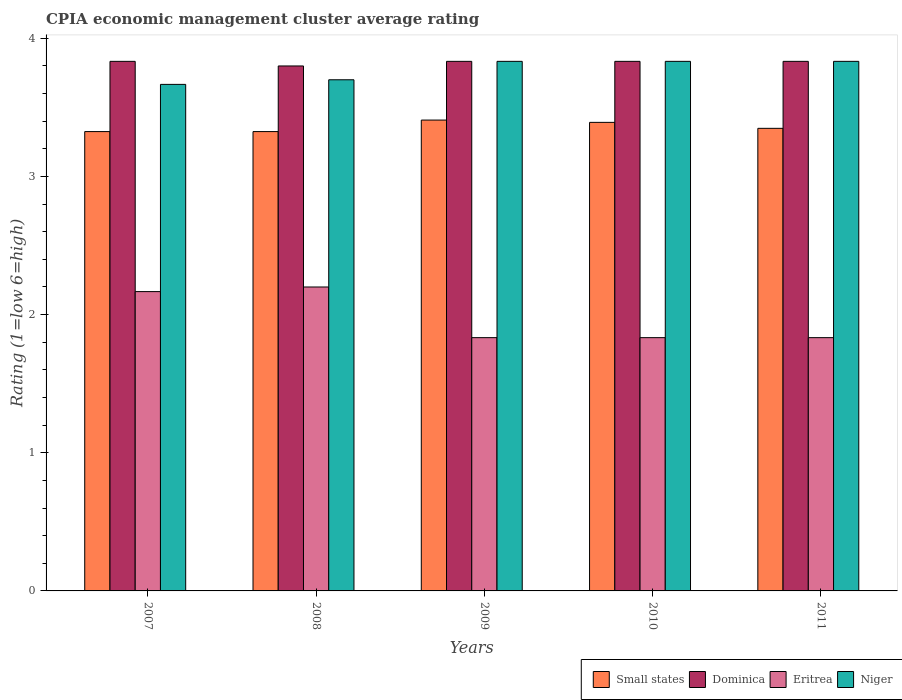
| Years | Small states | Dominica | Eritrea | Niger |
 | --- | --- | --- | --- | --- |
 | 2007 | 3.33 | 3.83 | 2.17 | 3.67 |
 | 2008 | 3.33 | 3.8 | 2.2 | 3.7 |
 | 2009 | 3.41 | 3.83 | 1.83 | 3.83 |
 | 2010 | 3.39 | 3.83 | 1.83 | 3.83 |
 | 2011 | 3.35 | 3.83 | 1.83 | 3.83 |